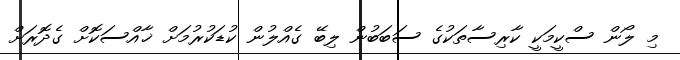
މި ލޯން ސްކީމަކީ ކާރިސާތަކުގެ ސަބަބުން ލިބޭ ގެއްލުން ކުޑަކުރުމަށް ޚާއްސަކޮށް ގެދޮރަށް